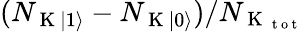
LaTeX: (N_{\mathrm{~K~}\lvert 1\rangle}-N_{\mathrm{~K~}\lvert 0\rangle})/N_{\mathrm{~K~}_{\mathrm{~t~o~t~}}}